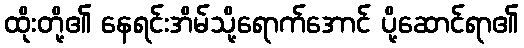
ထိုးတို့၏ နေရင်းအိမ်သို့ရောက်အောင် ပို့ဆောင်ရာ၏